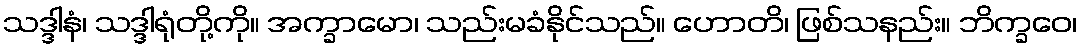
သဒ္ဒါနံ၊ သဒ္ဒါရုံတို့ကို။ အက္ခာမော၊ သည်းမခံနိုင်သည်။ ဟောတိ၊ ဖြစ်သနည်း။ ဘိက္ခဝေ၊